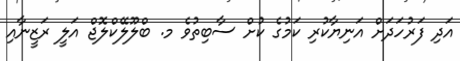
އަދި ފަރުހަދަށް އަނިޔާކުރި ކަމުގެ ކުށް ސާބިތުވެ މ. ބްލޫލޭކްލޮޖް އަލީ ރަޒީނާއި